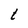
Character: t